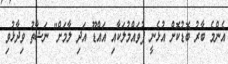
އެންމެ ބާރު ބޮޑުކޮށް އުޅެނީ ފުވައްމުލަކާއި އައްޑޫ އަދި ލާމަށް" ނަޝާތު ވިދާޅުވި